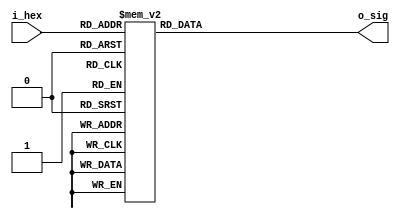
module hex2sig(
    input       [3:0] i_hex,
    output reg  [6:0] o_sig
);
    /*
       ---0----    
       |	  |    
       5	  1    
       |	  |    
       ---6----    
       |	  |    
       4	  2    
       |	  |    
       ---3----    
      
    */
    always @ ( * ) begin
        case (i_hex)
            4'h0    :   o_sig = 7'b1000000 ;
            4'h1    :   o_sig = 7'b1111001 ;
            4'h2    :   o_sig = 7'b0100100 ;
            4'h3    :   o_sig = 7'b0110000 ;
            4'h4    :   o_sig = 7'b0011001 ;
            4'h5    :   o_sig = 7'b0010010 ;
            4'h6    :   o_sig = 7'b0000010 ;
            4'h7    :   o_sig = 7'b1111000 ;
            4'h8    :   o_sig = 7'b0000000 ;
            4'h9    :   o_sig = 7'b0011000 ;
            4'hA    :   o_sig = 7'b0001000 ;
            4'hB    :   o_sig = 7'b0000011 ;
            4'hC    :   o_sig = 7'b1000110 ;
            4'hD    :   o_sig = 7'b0100001 ;
            4'hE    :   o_sig = 7'b0000110 ;
            4'hF    :   o_sig = 7'b0001110 ;
        endcase                    
    end
endmodule

module hex2sig_rotate(
    input       [3:0] i_hex,
    output  reg [6:0] o_sig
);
    /*
       ---3----    
       |	  |    
       2	  4    
       |	  |    
       ---6----    
       |	  |    
       1	  5    
       |	  |    
       ---0----    
      
    */
    always @ ( * ) begin
        case (i_hex)             //6543210
            4'h0    :   o_sig = 7'b1000000  ;
            4'h1    :   o_sig = 7'b1001111  ;
            4'h2    :   o_sig = 7'b0100100  ;
            4'h3    :   o_sig = 7'b0000110  ;
            4'h4    :   o_sig = 7'b0001011  ;
            4'h5    :   o_sig = 7'b0010010  ;
            4'h6    :   o_sig = 7'b0010000  ;
            4'h7    :   o_sig = 7'b1000111  ;
            4'h8    :   o_sig = 7'b0000000  ;
            4'h9    :   o_sig = 7'b0000010  ;
            4'hA    :   o_sig = 7'b0000001  ;
            4'hB    :   o_sig = 7'b0011000  ;
            4'hC    :   o_sig = 7'b1110000  ;
            4'hD    :   o_sig = 7'b0001100  ;
            4'hE    :   o_sig = 7'b0110000  ;
            4'hF    :   o_sig = 7'b0110001  ;
        endcase
    end

endmodule